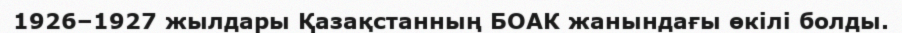
1926–1927 жылдары Қазақстанның БОАК жанындағы өкілі болды.